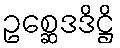
ဥစ္ဆေဒဒိဋ္ဌိ